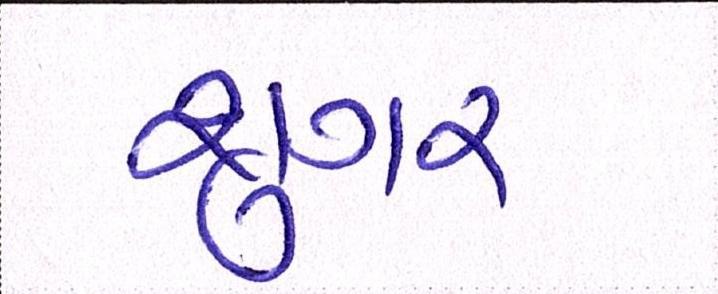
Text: શુગર